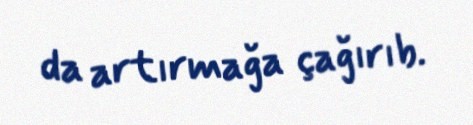
da artırmağa çağırıb.